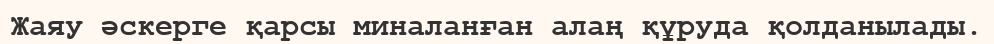
Жаяу әскерге қарсы миналанған алаң құруда қолданылады.